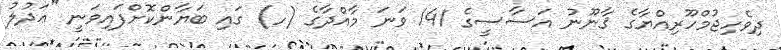
ދިވެހިޖުމްހޫރިއްޔާގެ ޤާނޫނު އަސާސީގެ 141 ވަނަ މާއްދާގެ (ހ) ގައި ބަޔާންކޮށްފައިވަނީ "ޢަދުލު